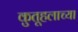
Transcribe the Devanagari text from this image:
कुतूहलाच्या